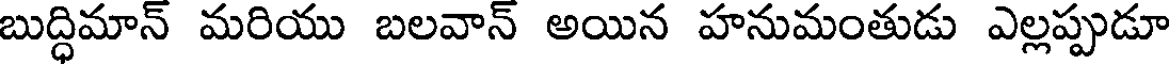
బుద్ధిమాన్ మరియు బలవాన్ అయిన హనుమంతుడు ఎల్లప్పుడూ